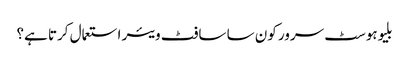
بلیوہوسٹ سرور کون سا سافٹ ویئر استعمال کرتا ہے؟